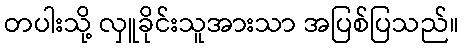
တပါးသို့ လှူခိုင်းသူအားသာ အပြစ်ပြသည်။